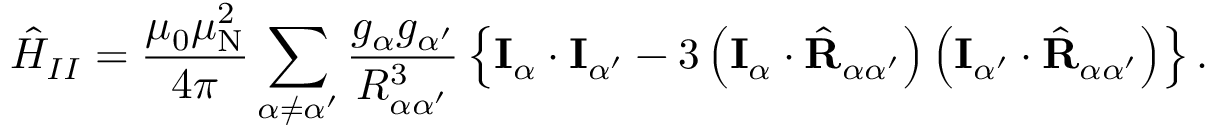
{ \hat { H } } _ { I I } = { \frac { \mu _ { 0 } \mu _ { \mathrm { N } } ^ { 2 } } { 4 \pi } } \sum _ { \alpha \neq \alpha ^ { \prime } } { \frac { g _ { \alpha } g _ { \alpha ^ { \prime } } } { R _ { \alpha \alpha ^ { \prime } } ^ { 3 } } } \left\{ \mathbf { I } _ { \alpha } \cdot \mathbf { I } _ { \alpha ^ { \prime } } - 3 \left( \mathbf { I } _ { \alpha } \cdot { \hat { \mathbf { R } } } _ { \alpha \alpha ^ { \prime } } \right) \left( \mathbf { I } _ { \alpha ^ { \prime } } \cdot { \hat { \mathbf { R } } } _ { \alpha \alpha ^ { \prime } } \right) \right\} .